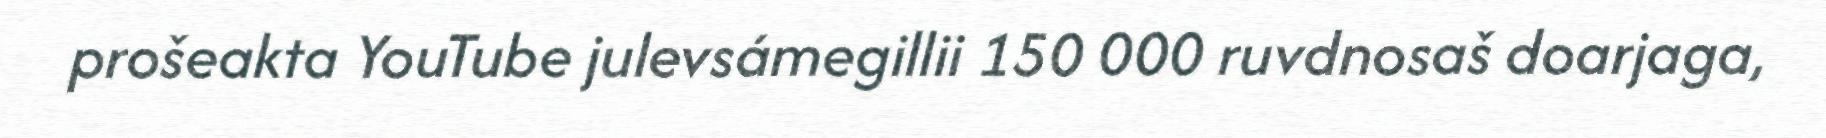
prošeakta YouTube julevsámegillii 150 000 ruvdnosaš doarjaga,